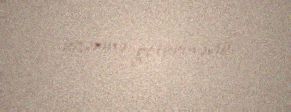
üzərinə götürməyib.